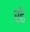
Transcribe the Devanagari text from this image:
रहेे